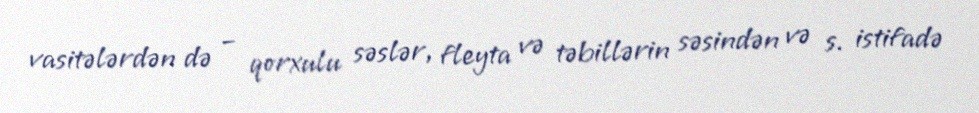
vasitələrdən də – qorxulu səslər, fleyta və təbillərin səsindən və s. istifadə